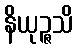
နိယုဉ္ဇသိ